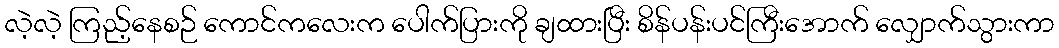
လဲ့လဲ့ ကြည့်နေစဉ် ကောင်ကလေးက ပေါက်ပြားကို ချထားပြီး စိန်ပန်းပင်ကြီးအောက် လျှောက်သွားကာ